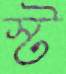
স্ট